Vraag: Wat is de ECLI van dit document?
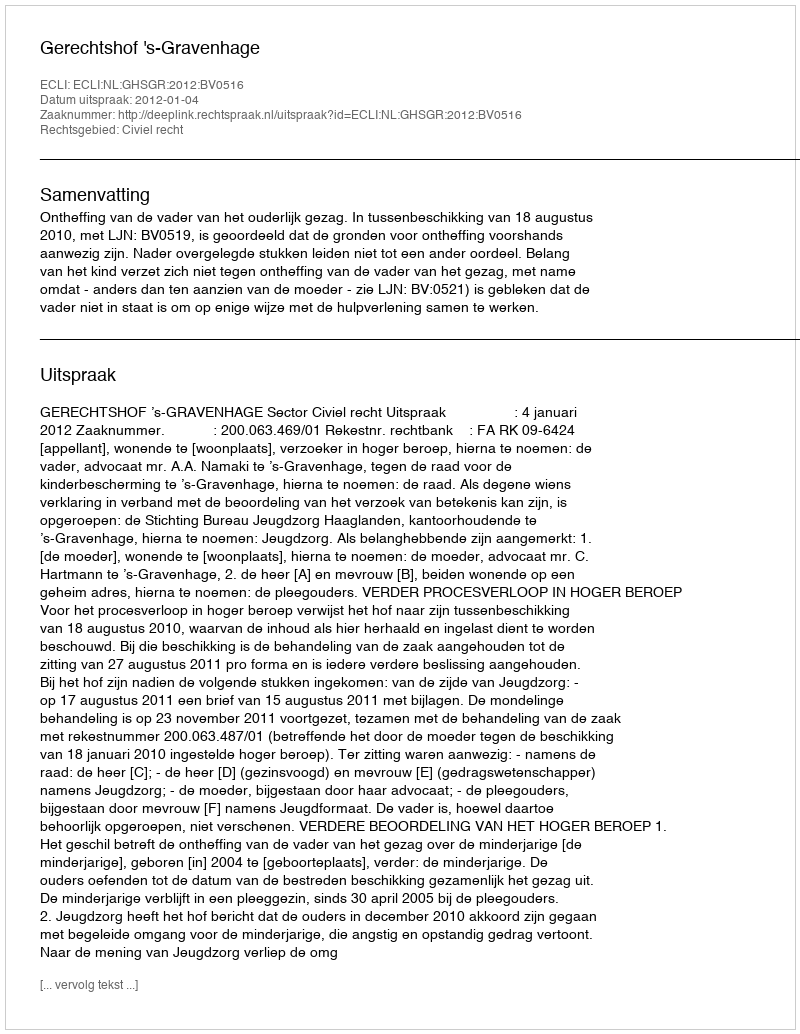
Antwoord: ECLI:NL:GHSGR:2012:BV0516